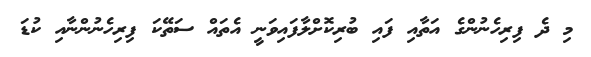
މި ދެ ފިރިހެނުންގެ އަތާއި ފައި ބުރިކޮށްލާފައިވަނީ އެތައް ސަތޭކަ ފިރިހެނުންނާއި ކުޑަ